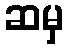
ဆမှ